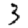
Digit: 3